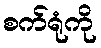
စက်ရုံကို